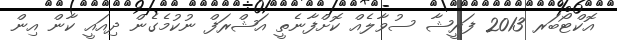
އޮކްޓޯބަރ 2013 ފަރީޝާ ސުވާލެއް ކޮށްފާނެތީ އަޝްރަފް ނުކުމެގެން ދިއައީ ކާން އިން